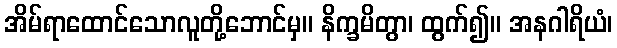
အိမ်ရာထောင်သောလူတို့ဘောင်မှ။ နိက္ခမိတွာ၊ ထွက်၍။ အနဂါရိယံ၊